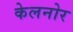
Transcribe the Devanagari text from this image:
केलनोर